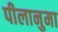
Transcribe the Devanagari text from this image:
पीलानुमा